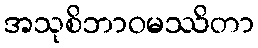
အသုစိဘာဝမဿိတာ